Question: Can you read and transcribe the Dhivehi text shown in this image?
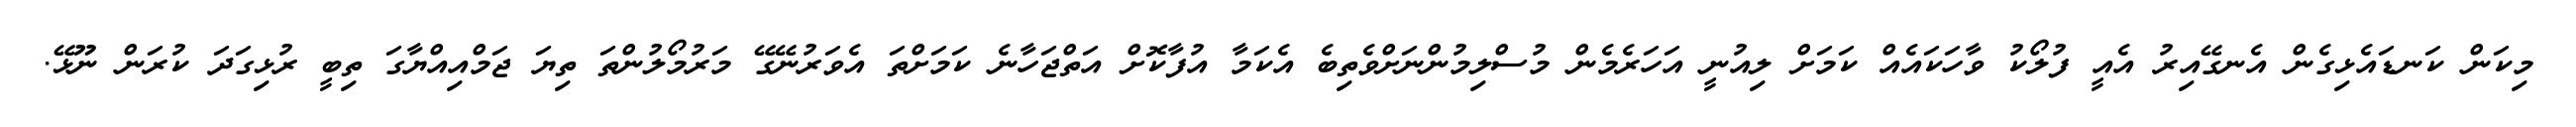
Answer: މިކަން ކަނޑައެޅިގެން އެނގޭއިރު އެއީ ފުލޯކު ވާހަކައެއް ކަމަށް ލިއުނީ އަހަރެމެން މުސްލިމުންނަށްވެތިބެ އެކަމާ އުފާކޮށް އަތްޖަހާނެ ކަމަށްތަ އެވަރުނޭގޭ މަރުމޯލުންތަ ތިޔަ ޖަމްއިއްޔާގަ ތިބީ ރުޅިގަދަ ކުރަން ނޫޅޭ.